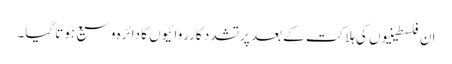
ان فلسطینیوں کی ہلاکت کے بعد پرتشدد کارروائیوں کا دائرہ وسیع ہوتا گیا۔